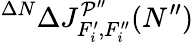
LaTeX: ^{\Delta N}\Delta J_{F_{i}^{\prime},F_{i}^{\prime\prime}}^{\mathcal{P}^{\prime\prime}}(N^{\prime\prime})